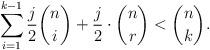
LaTeX: \begin{align*}\sum_{i=1}^{k-1} \frac{j}{2} \binom{n}{i} + \frac{j}{2} \cdot \binom{n}{r}<\binom{n}{k}.\end{align*}